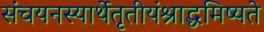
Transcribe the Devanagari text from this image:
संचयनस्यार्थेतृतीयंश्राद्धमिष्यते